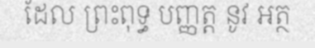
ដែល ព្រះពុទ្ធ បញ្ញត្ត នូវ អត្ថ